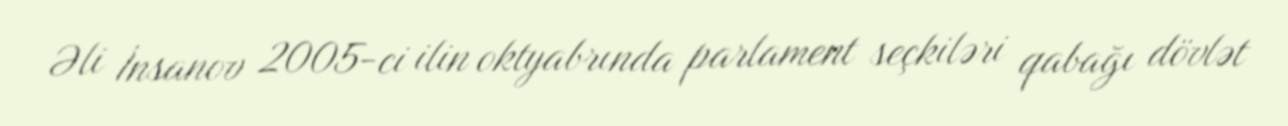
Əli İnsanov 2005-ci ilin oktyabrında parlament seçkiləri qabağı dövlət